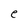
Character: e